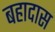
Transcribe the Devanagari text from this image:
बहादास